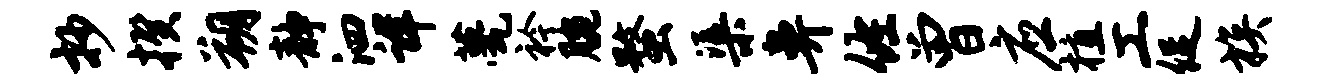
抄揆朔静泗详甍衿腕蝥渠鼻佐曾应植工促族